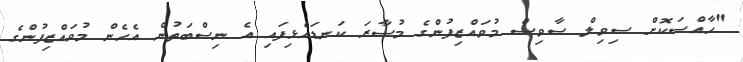
"ހާއްސަކޮށް ސިވިލް ސާވިސް މުވައްޒިފުންގެ މުސާރަ ކަނޑައެޅިފައި އެ ނިސްބަތުން އެހެން މުވައްޒިފުންގެ